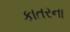
કાતરના